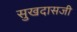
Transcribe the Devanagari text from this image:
सुखदासजी